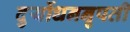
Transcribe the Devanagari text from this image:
दुर्योधननृपती